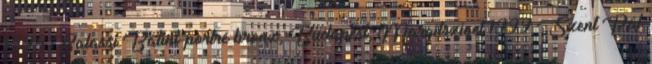
1998 Balassi Bálint-portré bronz, Budapest, Margitsziget 1999 Szent Pál